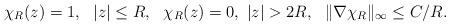
LaTeX: \begin{align*}\chi_R(z)=1,\ \ |z|\leq R,\ \ \chi_R(z)=0,\ |z|>2R,\ \ \|\nabla\chi_R\|_\infty\leq C/R.\end{align*}